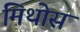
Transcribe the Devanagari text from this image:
मिथोस